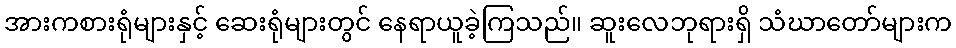
အားကစားရုံများနှင့် ဆေးရုံများတွင် နေရာယူခဲ့ကြသည်။ ဆူးလေဘုရားရှိ သံဃာတော်များက